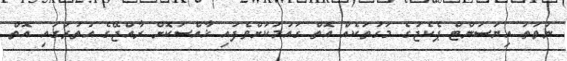
ނުވަތަ އިޔަސަންޓް ޕެކެޖުގެ މަގުތަކެއް އޮތް ގައުމަކަށްވެފައި ޚާއްސަކޮށް ރާއްޖޭގެ އުތުރުގައި އޮތް